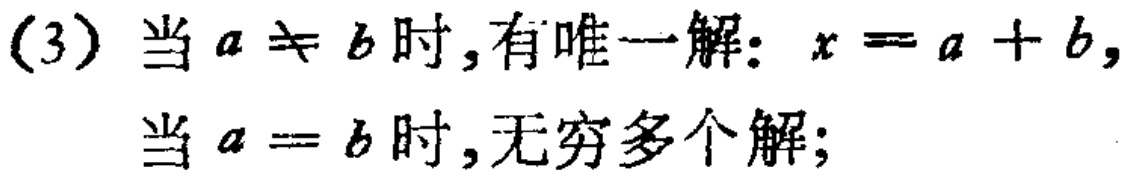
(3) 当 \(a \neq b\) 时,有唯一解: \(x = a + b\),
当 \(a = b\) 时,无穷多个解;